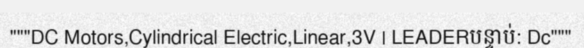
"""DC Motors,Cylindrical Electric,Linear,3V | LEADERបន្ទាប់: Dc"""